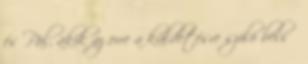
és Pál, akik az erre a küldetésre szóló belső